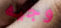
وجيه